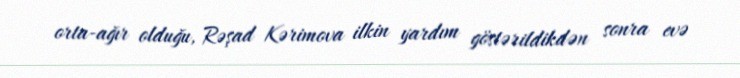
orta-ağır olduğu, Rəşad Kərimova ilkin yardım göstərildikdən sonra evə